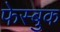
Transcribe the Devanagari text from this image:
फेस्बुक